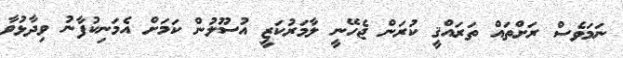
ނަމަވެސް ރަށްތައް ތަރައްޤީ ކުރަން ޖެހޭނީ ލާމަރުކަޒީ އުސޫލުން ކަމަށް އެމަނިކުފާނު ވިދާޅުވާ